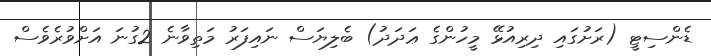
ޑެންސިޓީ (ރަށުގައި ދިރިއުޅޭ މީހުންގެ ޢަދަދު) ބެލިޔަސް ނައިފަރު މަތިވާނެ 2ގުނަ އަށްވުރެވެސް